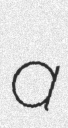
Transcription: a